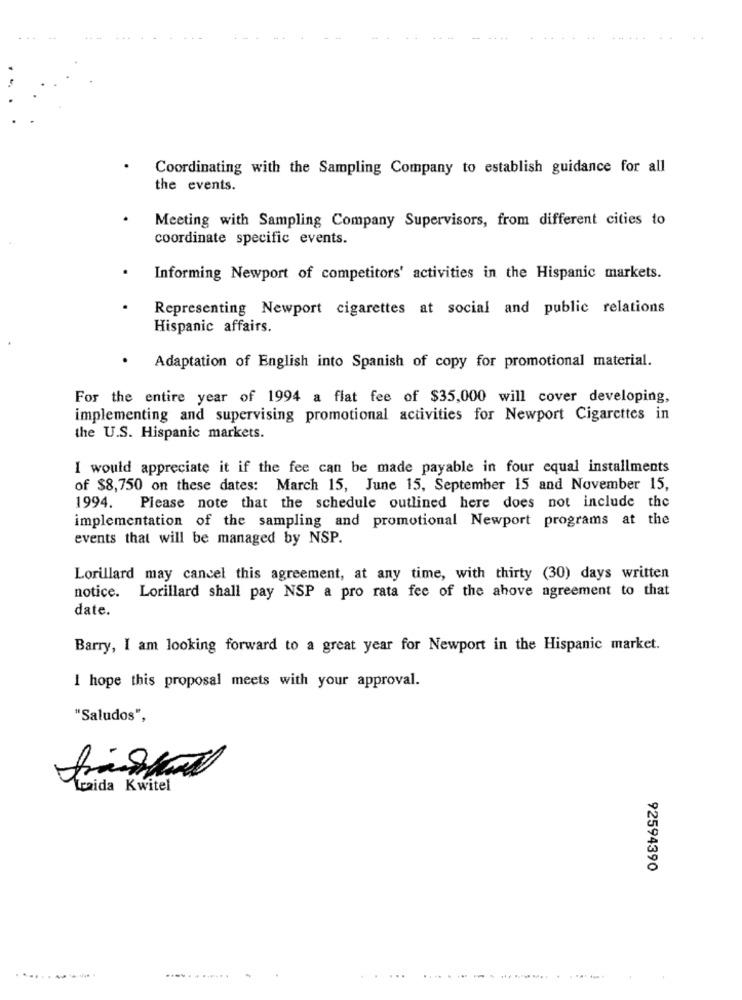
Coordinating with the Sampling Company to establish guidance for all
the events.
Meeting with Sampling Company Supervisors, from different cities to
coordinate specific events.
Informing Newport of competitors' activities in the Hispanic markets.
Representing Newport cigarettes at social and public relations
Hispanic affairs.
Adaptation of English into Spanish of copy for promotional material.
For the entire year of 1994 a flat fee of $35,000 will cover developing,
implementing and supervising promotional activities for Newport Cigarettes in
the U.S. Hispanic markets.
I would appreciate it if the fee can be made payable in four equal installments
of $8,750 on these dates: March 15, June 15, September 15 and November 15,
1994. Please note that the schedule outlined here does not include the
implementation of the sampling and promotional Newport programs at the
events that will be managed by NSP.
Lorillard may cancel this agreement, at any time, with thirty (30) days written
notice. Lorillard shall pay NSP a pro rata fee of the above agreement to that
date.
Barry, I am looking forward to a great year for Newport in the Hispanic market.
I hope this proposal meets with your approval.
"Saludos",
Wraida Kwitel
92594390
. ...